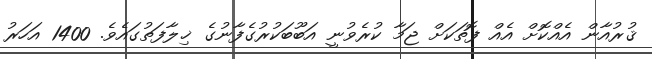
ޤުރުއާން އެއްކޮށް އެއް ފޮތަކަށް ޖަމާ ކުރެވުނީ އަބޫބަކުރުގެފާނުގެ ޚިލާފަތުގައެވެ. 1400 އަހަރު